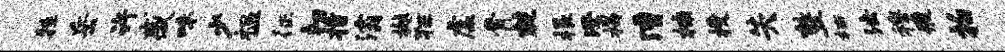
牲岳许感味少祸一征韧指灞樾狂虚骨兢根澄揭漕楠授失整栖法穆艘拍